Report on plague and inoculation in the Punjab from October 1st ... to September 30th..., being the ... season of plague in the province
Disease focus: Plague
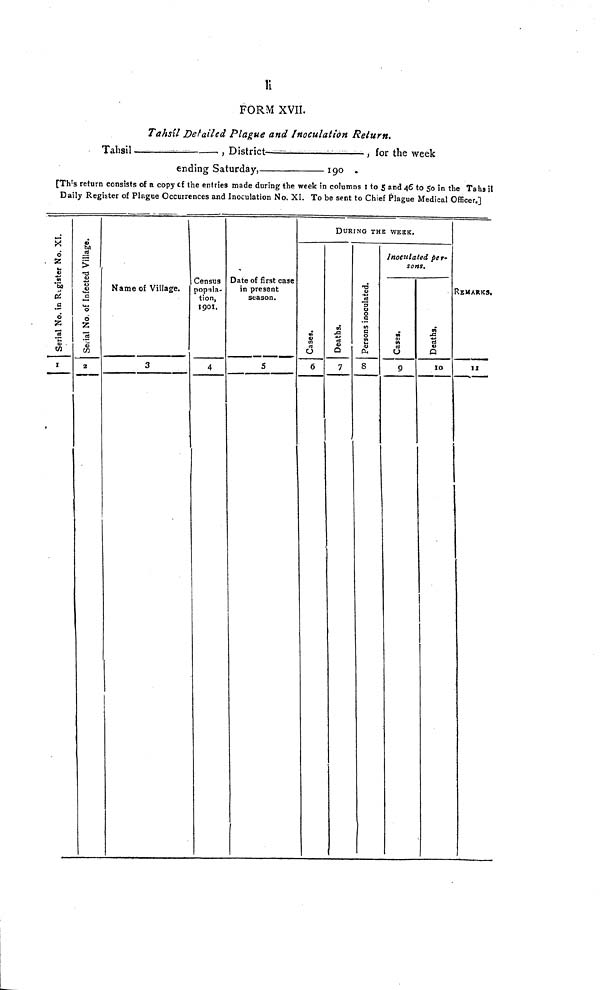
li
FORM XVII.
Tahsil Detailed Plague and Inoculation Return.
Tahsil
., District—=
, for the week
ending Saturday,
190 .
[Th's return consists of a copy of the entries made during the week in columns I to 5 and 46 to 50 in the Tahsil
Daily Register of Plague Occurrences and Inoculation No. XI. To be sent to Chief Plague Medical Officer.]
Serial No. in Register No. XI
I
Serial No. of InfectedVillage.
2
Name of Village.
3
Census
popula-
tion,
1901.
4
Date of first case
in present
season.
5
i
DURING THE WEEK.
Cases.
6
Deaths.
7
Persons inoculated.
8
Inoculated per-
sons.
Cases.
9
Deaths.
10
REMARKS.
11